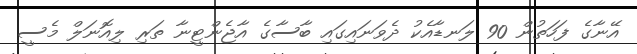
އޭނާގެ ފަހަތުން 90 ލަނޑާއެކު ދެވަނައިގައި ބާސާގެ އާޖެންޓީނާ ތަރި ލިއޮނަލް މެސީ